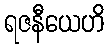
ရဇနီယေဟိ